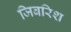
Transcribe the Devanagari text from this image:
जिबरिश